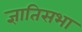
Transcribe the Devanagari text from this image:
ज्ञातिसभा